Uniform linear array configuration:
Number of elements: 48
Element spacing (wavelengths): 0.25
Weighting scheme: uniform
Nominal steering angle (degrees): -30
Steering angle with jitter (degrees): -30.982
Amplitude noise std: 0.05
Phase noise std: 0.05

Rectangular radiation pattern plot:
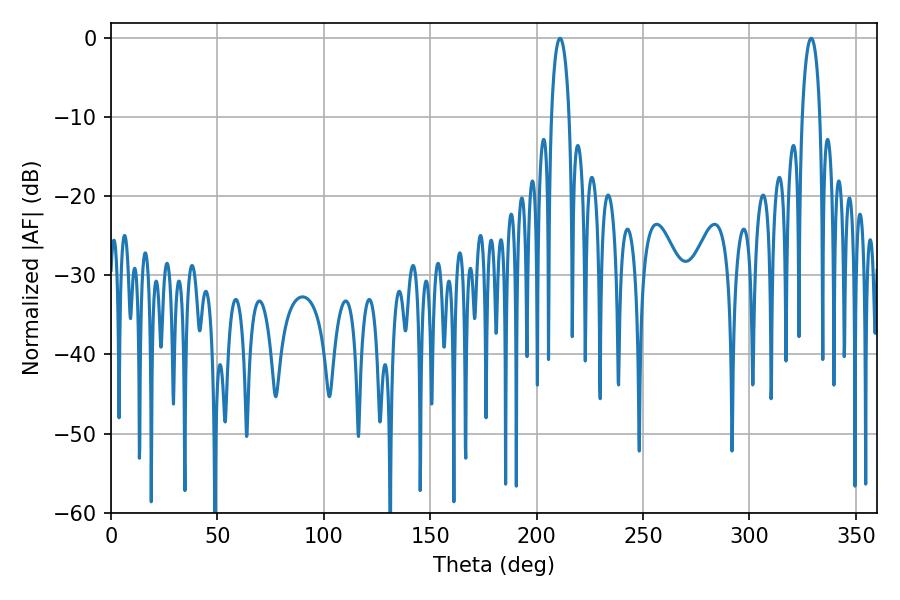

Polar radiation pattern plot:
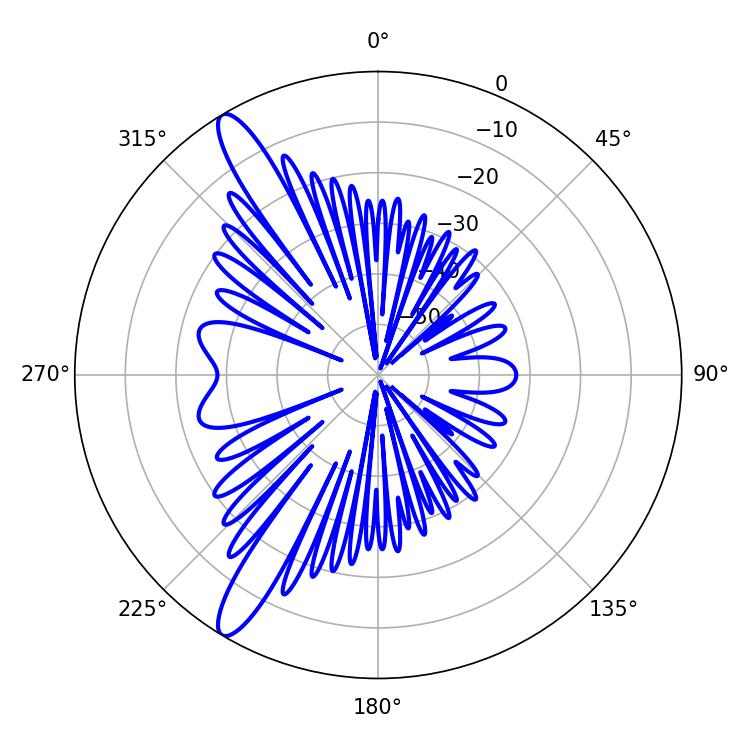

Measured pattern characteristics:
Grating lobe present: FALSE
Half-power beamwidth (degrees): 4.86
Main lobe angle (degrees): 210.96